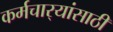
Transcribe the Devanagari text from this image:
कर्मचार्‍यांसाठी